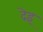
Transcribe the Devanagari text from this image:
देइ